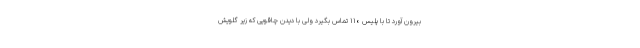
بیرون آورد تا با پلیس ۱۱۰ تماس بگیرد ولی با دیدن چاقویی که زیر گلویش